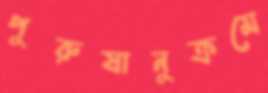
পুরুষানুক্রমে